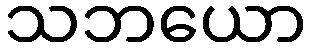
သဘယော